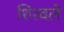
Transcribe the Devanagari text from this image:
शिरवले